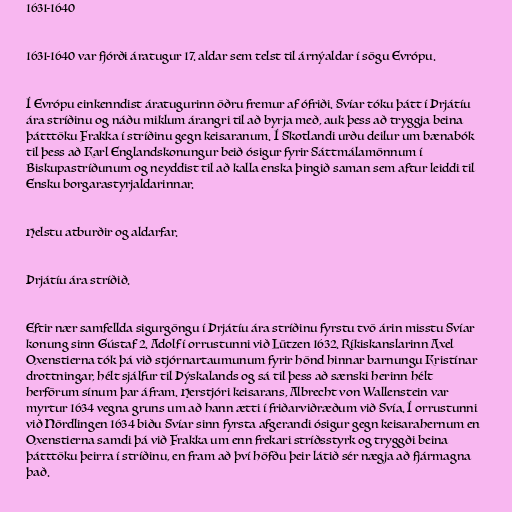
1631-1640

1631-1640 var fjórði áratugur 17. aldar sem telst til árnýaldar í sögu Evrópu.

Í Evrópu einkenndist áratugurinn öðru fremur af ófriði. Svíar tóku þátt í Þrjátíu
ára stríðinu og náðu miklum árangri til að byrja með, auk þess að tryggja beina
þátttöku Frakka í stríðinu gegn keisaranum. Í Skotlandi urðu deilur um bænabók
til þess að Karl Englandskonungur beið ósigur fyrir Sáttmálamönnum í
Biskupastríðunum og neyddist til að kalla enska þingið saman sem aftur leiddi til
Ensku borgarastyrjaldarinnar.

Helstu atburðir og aldarfar.

Þrjátíu ára stríðið.

Eftir nær samfellda sigurgöngu í Þrjátíu ára stríðinu fyrstu tvö árin misstu Svíar
konung sinn Gústaf 2. Adolf í orrustunni við Lützen 1632. Ríkiskanslarinn Axel
Oxenstierna tók þá við stjórnartaumunum fyrir hönd hinnar barnungu Kristínar
drottningar, hélt sjálfur til Þýskalands og sá til þess að sænski herinn hélt
herförum sínum þar áfram. Herstjóri keisarans, Albrecht von Wallenstein var
myrtur 1634 vegna gruns um að hann ætti í friðarviðræðum við Svía. Í orrustunni
við Nördlingen 1634 biðu Svíar sinn fyrsta afgerandi ósigur gegn keisarahernum en
Oxenstierna samdi þá við Frakka um enn frekari stríðsstyrk og tryggði beina
þátttöku þeirra í stríðinu, en fram að því höfðu þeir látið sér nægja að fjármagna
það.